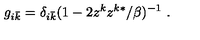
g _ { i \bar { k } } = \delta _ { i \bar { k } } ( 1 - 2 z ^ { k } z ^ { k * } / \beta ) ^ { - 1 } \ .